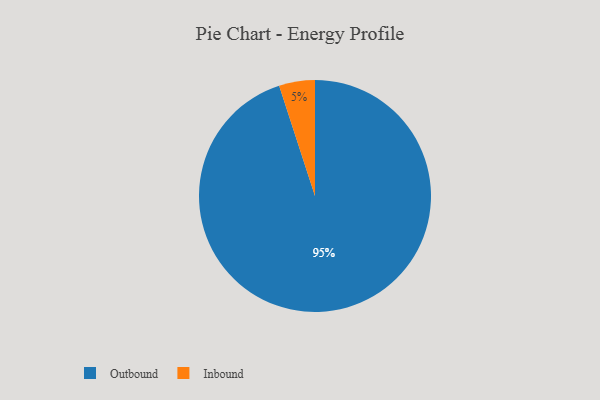
{"axis": {"x": "Category", "y": "Percentage"}, "legend": ["Inbound", "Outbound"], "data": [{"x": "Outbound", "y": 95, "type": "Outbound"}, {"x": "Inbound", "y": 5, "type": "Inbound"}]}